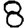
Digit: 8